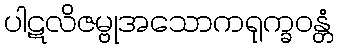
ပါဋလိဇမ္ဗုအသောကရုက္ခဝန္တံ